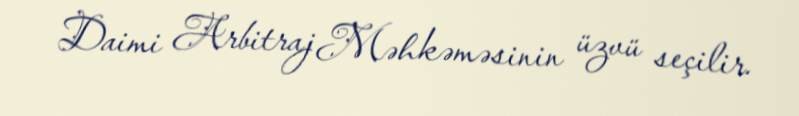
Daimi Arbitraj Məhkəməsinin üzvü seçilir.